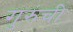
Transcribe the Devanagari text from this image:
गुरुंची